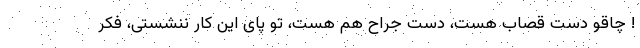
! چاقو دست قصاب هست، دست جراح هم هست، تو پای این کار ننشستی، فکر